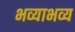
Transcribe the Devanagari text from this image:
भव्याभव्य